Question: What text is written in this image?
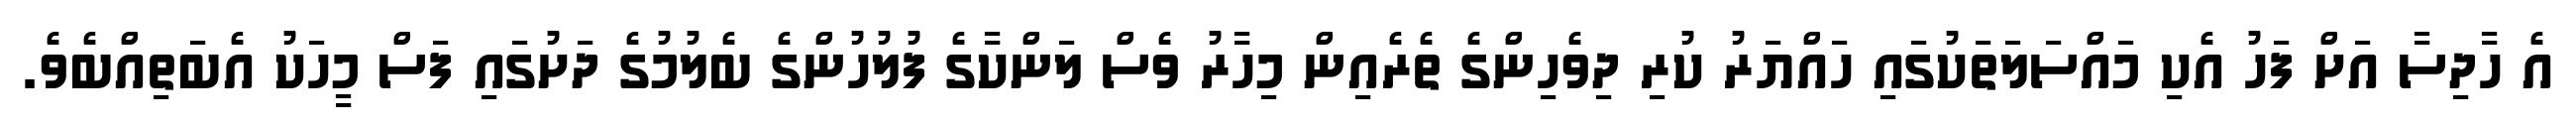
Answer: އެ ހާދިސާ އަށް ފަހު އެކި މައްސަލަތަކުގައި ހައްޔަރު ކުރި ދިވެހިންގެ ތެރެއިން މިހާރު ވެސް ލަންކާގެ ފުލުހުންގެ ބެލުމުގެ ދަށުގައި ފަސް މީހަކު އެބަތިއްބެވެ.